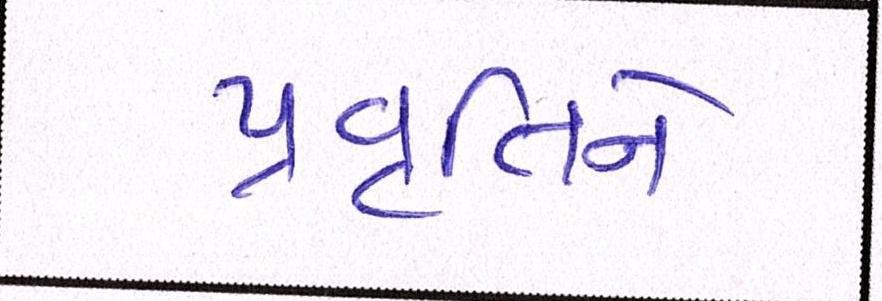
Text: પ્રવૃતિને